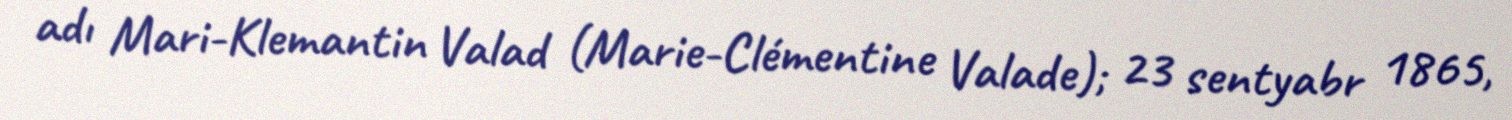
adı Mari-Klemantin Valad (Marie-Clémentine Valade); 23 sentyabr 1865,